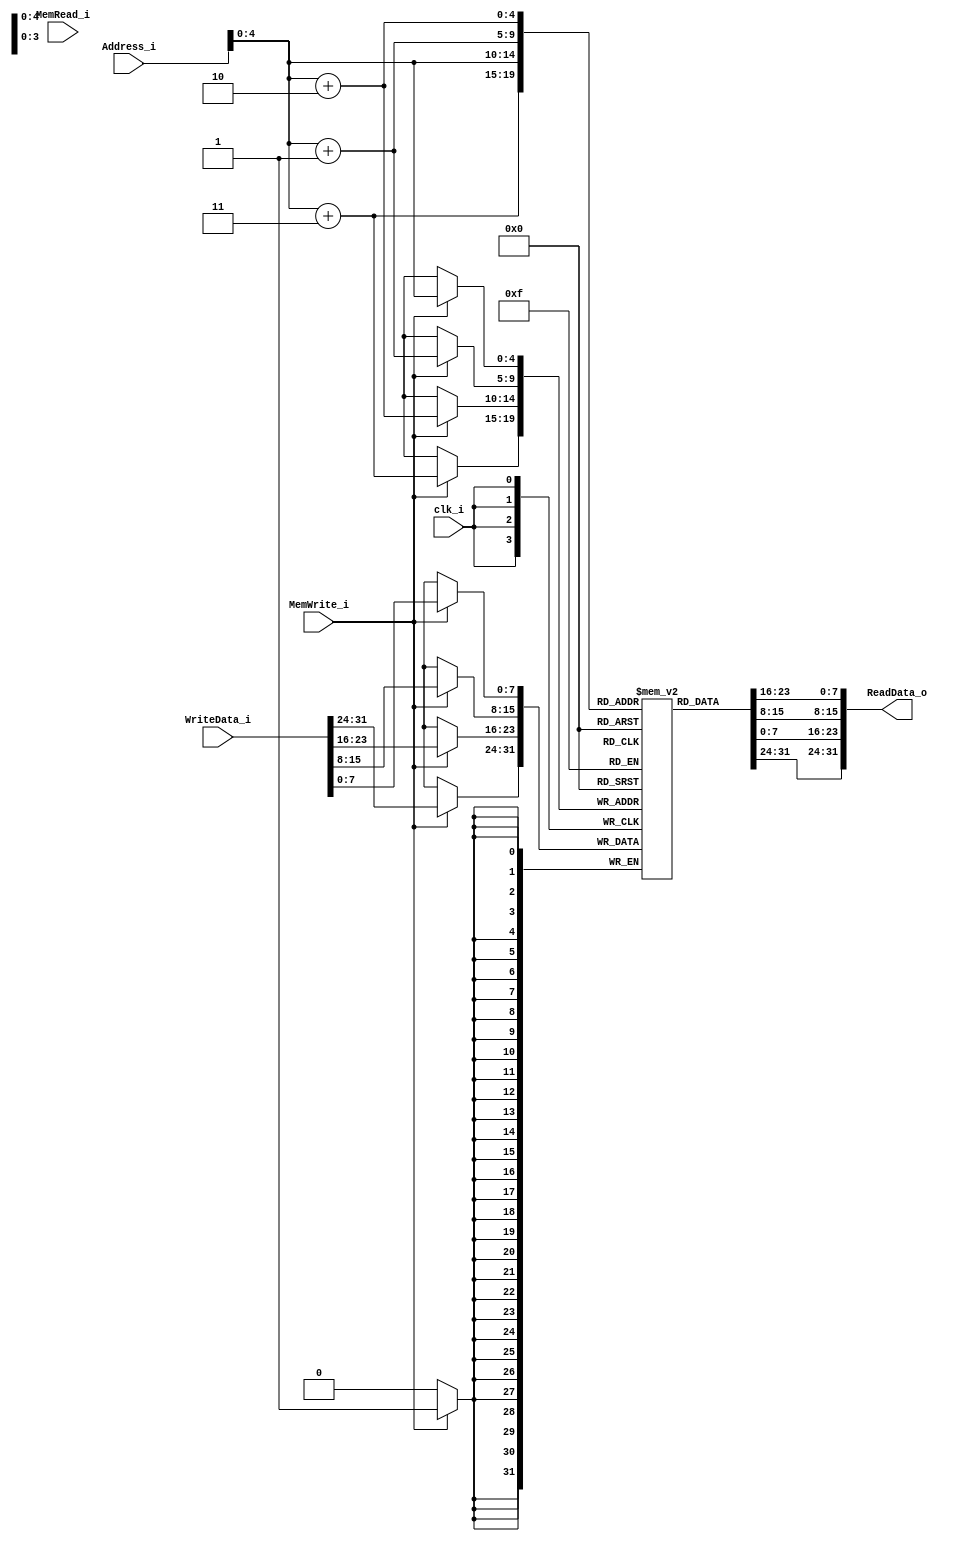
module Memory
(
    clk_i,
    Address_i,
    WriteData_i,
    MemWrite_i,
    MemRead_i,
    ReadData_o
);

// Ports
input               clk_i;
input               MemRead_i;
input               MemWrite_i;
input   [31:0]      Address_i;
input   [31:0]      WriteData_i;
output  [31:0]      ReadData_o;
// reg                 ReadData_o;

// Register File
reg     [7:0]  mem [0:31];

// Read Data
assign ReadData_o = {mem[Address_i + 3], mem[Address_i + 2], mem[Address_i + 1], mem[Address_i]};
// always@(negedge clk_i or posedge clk_i) begin
//     if(MemRead_i)
//         ReadData_o = {mem[Address_i + 3], mem[Address_i + 2], mem[Address_i + 1], mem[Address_i]};
// end

// Write Data   
always@(posedge clk_i) begin
    if(MemWrite_i) begin
        mem[Address_i]		<= WriteData_i[7:0];
        mem[Address_i + 1]	<= WriteData_i[15:8];
        mem[Address_i + 2]	<= WriteData_i[23:16];
        mem[Address_i + 3]	<= WriteData_i[31:24];
        
        /* This sometime not work ?????? */
        //{mem[Address_i + 3], mem[Address_i + 2], mem[Address_i + 1], mem[Address_i]} = WriteData_i;
    end
end
   
endmodule